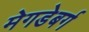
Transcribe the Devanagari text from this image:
मेगडेबर्ग